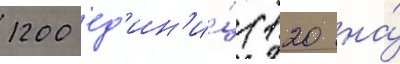
1200 ед'ин'и́ц (120 на́